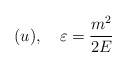
\begin{align*}(u),\quad \varepsilon =\frac{m^{2}}{2E}\end{align*}